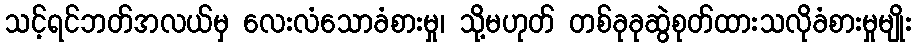
သင့်ရင်ဘတ်အလယ်မှ လေးလံသောခံစားမှု၊ သို့မဟုတ် တစ်ခုခုဆွဲစုတ်ထားသလိုခံစားမှုမျိုး